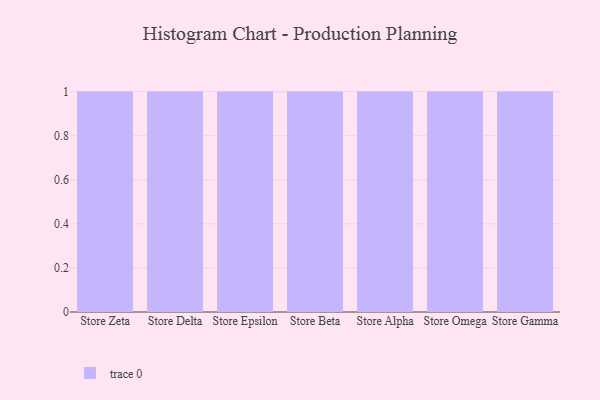
{"axis": {"x": "Store", "y": "Population (Million)"}, "legend": [""], "data": [{"x": "Store Zeta", "y": 49, "type": ""}, {"x": "Store Delta", "y": 51, "type": ""}, {"x": "Store Epsilon", "y": 64, "type": ""}, {"x": "Store Beta", "y": 32, "type": ""}, {"x": "Store Alpha", "y": 46, "type": ""}, {"x": "Store Omega", "y": 77, "type": ""}, {"x": "Store Gamma", "y": 83, "type": ""}]}